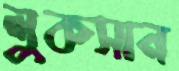
লুকসান